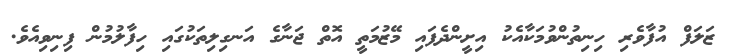
ޒަލަފް އުފާވެރި ހިނިތުންވުމަކާއެކު އިށީންދެފައި މޭޒުމަތީ އޮތް ޖަނާގެ އަނގިލިތަކުގައި ހިފާލުމުން ފިނިވިއެވެ.